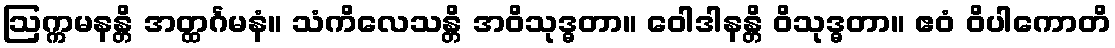
ဩက္ကမနန္တိ အတ္ထင်္ဂမနံ။ သံကိလေသန္တိ အဝိသုဒ္ဓတာ။ ဝေါဒါနန္တိ ဝိသုဒ္ဓတာ။ ဧဝံ ဝိပါကောတိ